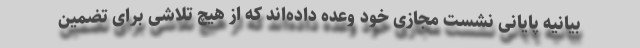
بیانیه پایانی نشست مجازی خود وعده داده‌اند که از هیچ تلاشی برای تضمین